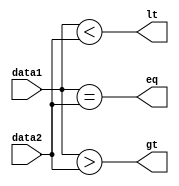
module COMPARE(lt,gt,eq,data1,data2);

	input signed [31:0] data1,data2;
	output lt,gt,eq;
	
	assign lt=data1<data2;
	assign gt=data1>data2;
	assign eq=data1==data2;
	
endmodule
module condition (
    output wire y,
    input wire [1:0] opcond,
    input wire [31:0] a
);

wire lt,gt,eq;
COMPARE cmp (lt,gt,eq,a,32'h00000000);

assign y =  (~opcond[1] & ~opcond[0] & gt) |
            (~opcond[1] & opcond[0] & lt)  |
            (opcond[1] & ~opcond[0] & eq)  |
            (opcond[1] & opcond[0] & 1'b0) ;

endmodule